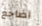
أضاجع